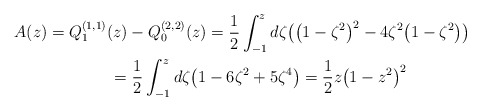
\begin{gather*} A(z) = Q_{1}^{(1,1) }(z) -Q_{0}^{( 2,2) }(z) =\frac{1}{2}\int_{-1}^{z} d\zeta \big( \big( 1-\zeta ^{2}\big) ^{2}-4\zeta ^{2}\big( 1-\zeta ^{2}\big) \big) \\\hphantom{A(z)}{}=\frac{1}{2}\int_{-1}^{z}d\zeta \big( 1-6\zeta ^{2}+5\zeta ^{4}\big) =\frac{1}{2}z\big( 1-z^{2}\big) ^{2}\end{gather*}